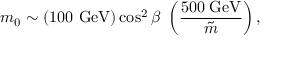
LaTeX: m _ { 0 } \sim { ( 1 0 0 \ \mathrm { G e V } ) } \cos ^ { 2 } { \beta } \ \left( { \frac { 5 0 0 \; \mathrm { G e V } } { \tilde { m } } } \right) ,